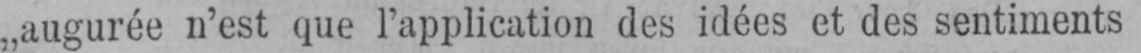
„augurée n’est que l’application des idées et des sentiments